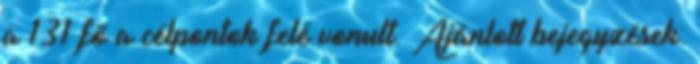
a 131 fő a célpontok felé vonult. Ajánlott bejegyzések: